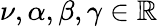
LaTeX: \nu,\alpha,\beta,\gamma\in\mathbb{R}